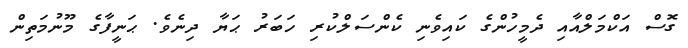
ގޮސް އަކްމަލްއާއި ދެމީހުންގެ ކައިވެނި ކެންސަލްކުރި ހަބަރު ޙަޔާ ދިނެވެ. ޙަނީފާގެ މޫނުމަތިން